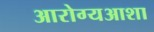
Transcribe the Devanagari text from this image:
आरोग्यआशा